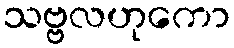
သဗ္ဗလဟုကော